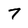
Character: 7